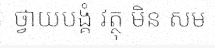
ថ្វាយបង្គំ វត្ថុ មិន សម